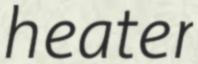
heater